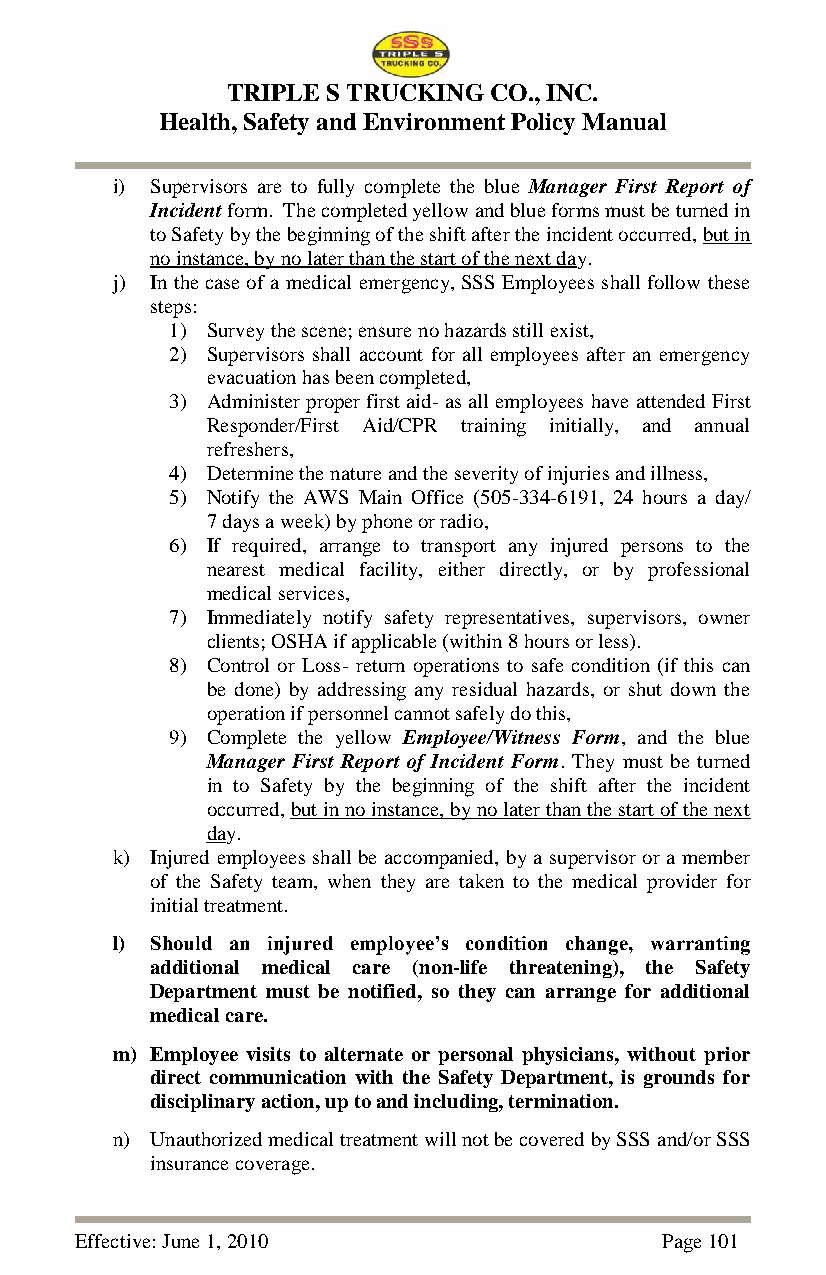
TRIPLE S TRUCKING CO., INC.
 Health, Safety and Environment Policy Manual
 i) Supervisors are to fully complete the blue Manager First Report of
 Incident form. The completed yellow and blue forms must be turned in
 to Safety by the beginning of the shift after the incident occurred, but in
 no instance, by no later than the start of the next day.
 j) In the case of a medical emergency, SSS Employees shall follow these
 steps:
 1) Survey the scene; ensure no hazards still exist,
 2) Supervisors shall account for all employees after an emergency
 evacuation has been completed,
 3) Administer proper first aid- as all employees have attended First
 Responder/First Aid/CPR training initially, and annual
 refreshers,
 4) Determine the nature and the severity of injuries and illness,
 5) Notify the AWS Main Office (505-334-6191, 24 hours a day/
 7 days a week) by phone or radio,
 6) If required, arrange to transport any injured persons to the
 nearest medical facility, either directly, or by professional
 medical services,
 7) Immediately notify safety representatives, supervisors, owner
 clients; OSHA if applicable (within 8 hours or less).
 8) Control or Loss- return operations to safe condition (if this can
 be done) by addressing any residual hazards, or shut down the
 operation if personnel cannot safely do this,
 9) Complete the yellow Employee/Witness Form, and the blue
 Manager First Report of Incident Form. They must be turned
 in to Safety by the beginning of the shift after the incident
 occurred, but in no instance, by no later than the start of the next
 day.
 k) Injured employees shall be accompanied, by a supervisor or a member
 of the Safety team, when they are taken to the medical provider for
 initial treatment.
 l) Should an injured employee’s condition change, warranting
 additional medical care (non-life threatening), the Safety
 Department must be notified, so they can arrange for additional
 medical care.
 m) Employee visits to alternate or personal physicians, without prior
 direct communication with the Safety Department, is grounds for
 disciplinary action, up to and including, termination.
 n) Unauthorized medical treatment will not be covered by SSS and/or SSS
 insurance coverage.
 Effective: June 1, 2010                Page 101